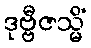
ဒုဗ္ဗီဇသ္မိံ